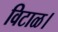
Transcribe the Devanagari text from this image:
विटाळ।